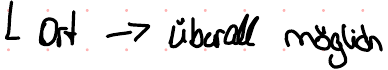
Ort -> überall möglich